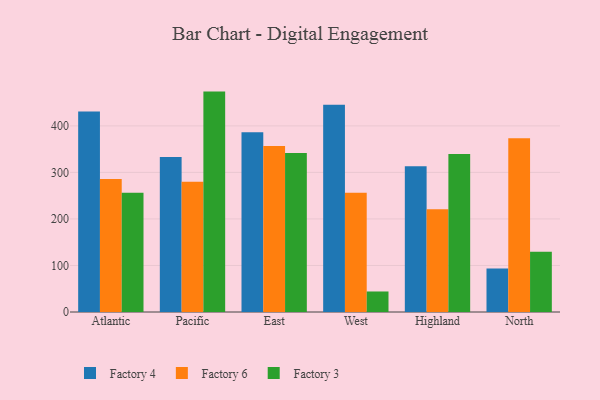
{"axis": {"x": "Region", "y": "Waste Production (Tons)"}, "legend": ["Factory 3", "Factory 4", "Factory 6"], "data": [{"x": "Atlantic", "y": 430.7, "type": "Factory 4"}, {"x": "Atlantic", "y": 285.8, "type": "Factory 6"}, {"x": "Atlantic", "y": 256.5, "type": "Factory 3"}, {"x": "Pacific", "y": 333.4, "type": "Factory 4"}, {"x": "Pacific", "y": 280.0, "type": "Factory 6"}, {"x": "Pacific", "y": 473.7, "type": "Factory 3"}, {"x": "East", "y": 386.3, "type": "Factory 4"}, {"x": "East", "y": 356.6, "type": "Factory 6"}, {"x": "East", "y": 342.0, "type": "Factory 3"}, {"x": "West", "y": 445.3, "type": "Factory 4"}, {"x": "West", "y": 256.4, "type": "Factory 6"}, {"x": "West", "y": 44.1, "type": "Factory 3"}, {"x": "Highland", "y": 313.5, "type": "Factory 4"}, {"x": "Highland", "y": 220.8, "type": "Factory 6"}, {"x": "Highland", "y": 339.5, "type": "Factory 3"}, {"x": "North", "y": 93.3, "type": "Factory 4"}, {"x": "North", "y": 373.3, "type": "Factory 6"}, {"x": "North", "y": 129.7, "type": "Factory 3"}]}